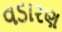
વડારણ